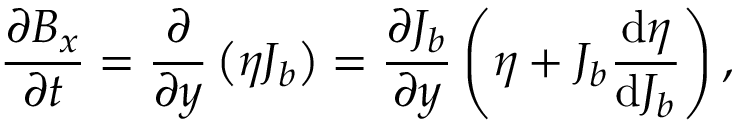
\frac { \partial B _ { x } } { \partial t } = \frac { \partial } { \partial y } \left( \eta J _ { b } \right) = \frac { \partial J _ { b } } { \partial y } \left( \eta + J _ { b } \frac { \mathrm { d } \eta } { \mathrm { d } J _ { b } } \right) ,